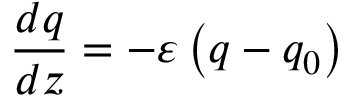
\frac { d q } { d z } = - \varepsilon \left( q - q _ { 0 } \right)